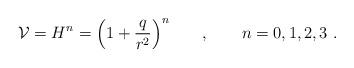
LaTeX: \begin{align*}\mathcal{V} = H^n = \Big(1 + {\frac{q}{r^2}}\Big)^n \qquad , \qquad n =0,1,2,3\ .\end{align*}